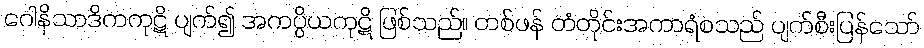
ဂေါနိသာဒိကကုဋိ ပျက်၍ အကပ္ပိယကုဋိ ဖြစ်သည်။ တစ်ဖန် တံတိုင်းအကာရံစသည် ပျက်စီးပြန်သော်